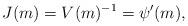
LaTeX: \begin{align*} J(m)= V(m)^{-1}=\psi'(m),\end{align*}